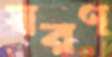
স্বরণ